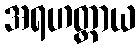
အရဟတ္တာယ